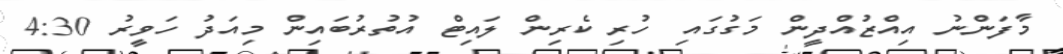
މާފަންނު އިއްޒުއްދީން މަގުގައި ހުރި ކެރިން ލައިޓް އުތުރުބައިން މިއަދު ހަވީރު 4:30